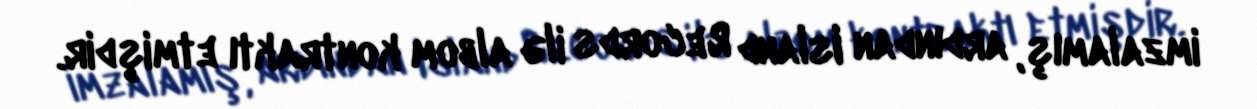
imzalamış, ardından Island Records ilə albom kontraktı etmişdir.